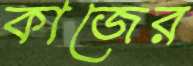
কাজের